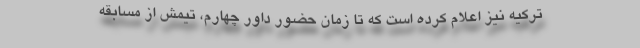
ترکیه نیز اعلام کرده است که تا زمان حضور داور چهارم، تیمش از مسابقه